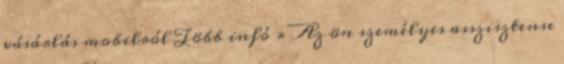
vásárlás mobilról Több infó » Az ön személyes asszisztense